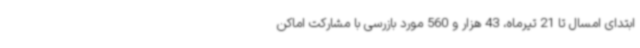
ابتدای امسال تا 21 تیرماه، 43 هزار و 560 مورد بازرسی با مشارکت اماکن